Cholera in southern India
Disease focus: Cholera
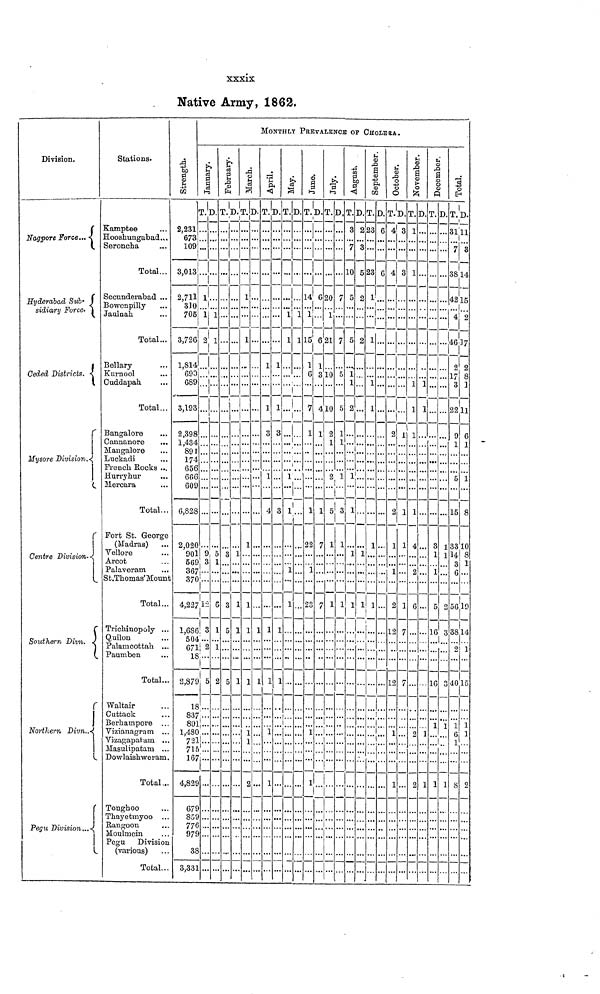
xxxix
Native Army, 1862.
Division.
Nagpore Force...
Hyderabad Sub-
sidiary
Force.
1
Ceded
Districts.
r
Mysore Division.
r
Centre
Division.
Southern Divn.
Northern Divn.
r
Stations.
Kamptee
Hooshungabad...
Seroncha
Total...
Secunderabad ...
Jaulnah
Total...
3ellary
Kurnool
Cuddapah
Total...
Bangalore
Cannanore
Mangalore
Luckadi
French Rocks ...
Hurryhur
Mercara
Total..
Fort St. George
(Madras)
Vellore
Arcot
Palaveram
St.Thomas' Mount
Total..
Trichinopoly ..
Quilon
Palamcottah. ..
Paumben
Total..
Waltair
Cuttack
Berhampore
Vizianagram ..
Vizagapatam .
Masulipatam ..
Dowlaishweram
Total..
Tonghoo
Thayetmyoo .
Rangoon
Moulmein
Pegu Division
(various)
Total.
Strength.
2,231
673
109
3,013
2,711
310
705
3,726
1,814
690
689
3,193
2,398
1,434
891
174
656
6f>6
609
6,828
2,020
901
569
367
37C
4,227
1,68(
504
671
18
2,879
18
83'
89
1,48(
7°7
1
16
4,82
67
859
77
97
3
3,33
MONTHLY PREVALENCE OF CHOLERA
January.
1
1
2
• •
9
3
¡..
»
2
\
1
.
.
-) .
D
1
3
2
5
•
February.
...
...
D.
...
1
3
5
5
March.
T.
1
1
L .
1
L
1
D.
...
1 ..
1 ..
1
1
1
-,
n
April.
T.
1
1
3
1
. ..
L
1
•
D.
1
1
3
4
1
1
1 .
May.
T.
1
1
3
D
1
1
1
3
•
1
,l
1
L ..
June.
T.
14
1
15
1
6
7
1
. 1
22
:
D
6
C
1
4
]
.
July.
T.
20
1
21
..
10
10
2
1
2
1
7
L
r
7
¡
!
D
7
7
5
5
1
2
5
...
1
August.
T.
3
7
10
5
5
1
1
2
..
1
3
1 ..
1
D.
2
3
5
2
2
1"
1
. ..
1
!
September.
T
23
23
1
1
1
1
1
D.
6
6
••
...
••
October.
T.
4
4
2
2
1
1
2
12
12
1
1
D.
3
3
1
3
]
]
November.
T.
1
1
1
1
t
| 1
1
L 4
c
1
D.
...
1
1
..
>,
1
2 1
December.
T.
3
1
1
D.
...
1
1
2
1 1
I
1 1
Total.
T.
31
7
38
42
4
46
2
17
3
22
c
1
5
15
33
14
3
6
o(
3.
C
4
D.
11
3
14
15
2
i 37
2
8
]
11
6
1
1
) 8
10
8
1
19
1
15
1
1
2